King Institute of Preventive Medicine Micro-Biological Section reports 1909-11
Year: 1909
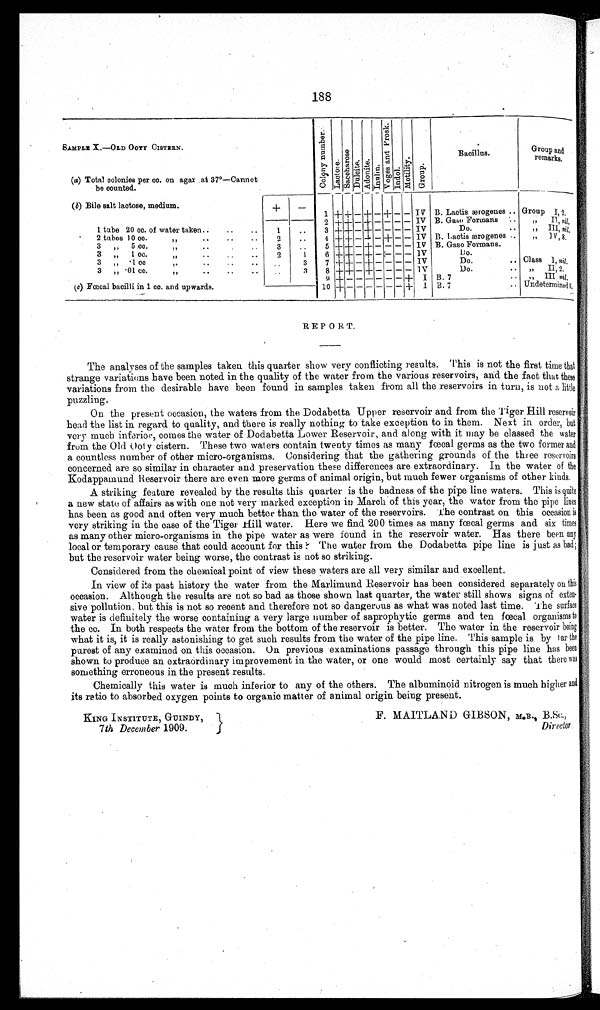
KING INSTITUTE, GUINDY,
7th December 1909.
F. MAITLAND GIBSON, M. B., B.Sc.,
Director
188
SAMPLE X.—OLD OoTY CISTERN.
C o l o n y n u m b e r .
L a c t o s e .
S a c c h a r o s e .
D u l o i t e .
Ad o n i t e .
I n u l i n .
V o g e s a n d P r o s k .
I n d o l .
Mo t i l i t y .
Gr o u p .
Bacillus.
Group and
remarks.
(a) Total colonies per cc. on agar at 37°–Cannot
be counted.
(b) Bile salt lactose, medium.
+
– 1 + + + – + – – IV B. Lactis ærogenes.. Group I, 2.
2 + + – + – – – – IV B. Gaso Formans . . „ II, n i l .
1 tube 20 cc. of water taken.. .. .. 1 .. 3 + + – + – – – – IV
Do.
.. ,, III, n i l .
2 tubes 10 c
c
„
..
..
2
. . 4 + + – + – + – – IV B. Lactis ærogenes.. „ I V , 8 .
3 „ 5 cc.
,, . .
3
. . 5 + + – + – –– – IV B. Gaso Formans.
3 ,, 1 cc. ..
2
1 6 + + – + – – –– – IV
Do.
. .
3 „·1 cc,,
.. ..
..
. . 3 7 + + – + – –– – IV
Do.
.. Class 1, n i l .
3 „ · 01 cc, , .. .. ..
. .
3 8 + + – + – – – – IV
Do.
. . ,, II,2.
9 + – – – – – – + I B. 7 ..
, ,
I I I ,
n i l ,
(c) Fœcal bacilli in1 cc. and upwards.
1 0 + – – – – – – + I B. 7
.. Undetermined 8.
REPORT.
The analyses of the samples taken this quarter show very conflicting results. This is not the first time that
strange variations have been noted in the quality of the water from the various reservoirs, and the fact that these
variations from the desirable have been found in samples taken from all the reservoirs in turn, is not a little
puzzling.
On the present occasion, the waters from the Dodabetta Upper reservoir and. from the Tiger Hill reservoir
head the list in regard to quality, and there is really nothing to take exception to in them. Next in order, out
very much inferior, comes the water of Dodabetta Lower Reservoir, and along with it may be classed the water
from the Old Ooty cistern. These two waters contain twenty times as many fœcal germs as the two former and
a countless number of other micro–organisms. Considering that the gathering grounds of the three reservoirs
concerned are so similar in character and preservation these differences are extraordinary. In the water of the
Kodappamund Reservoir there are even more germs of animal origin, but much fewer organisms of other kinds.
A striking feature revealed by the results this quarter is the badness of the pipe line waters. This is quite
a new state of affairs as with one not very marked exception in March of this year, the water from the pipe lines
has been as good and often very much better than the water of the reservoirs. The contrast on this occasion is
very striking in the case of the Tiger Hill water. Here we find 200 times as many fœcal germs and six times
as many other micro–organisms in the pipe water as were found in the reservoir water. Has there been any
local or temporary cause that could account for this? The water from the Dodabetta pipe line is just as bad;
but the reservoir water being worse, the contrast is not so striking.
Considered from the chemical point of view these waters are all very similar and excellent.
In view of its past history the water from the Marlimund Reservoir has been considered separately on this
occasion. Although the results are not so bad as those shown last quarter, the water still shows signs of exte
n – s i v e p o l l u t i o n , b u t t h i s i s n o t s o r e c e n t a n d t h e r e f o r e n o t s o d a n g e r o u s a s w h a t w a s n o t e d l a s t t i m e . T h e s u r f a c e
water is definitely the worse containing a very large number of saprophytic germs and ten fœcal organisms to
the cc. In both respects the water from the bottom of the reservoir is better. The water in the reservoir being
what it is, it is really astonishing to get such results from the water of the pipe line. This sample is by far the
purest of any examined on this occasion. On previous examinations passage through this pipe line has been
shown to produce an extraordinary improvement in the water, or one would most certainly say that there was
something erroneous in the present results.
Chemically this water is much inferior to any of the others. The alburninoid nitrogen is much higher and
its ratio to absorbed oxygen points to orgainic matter of animal origin being present.